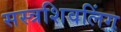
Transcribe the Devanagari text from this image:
सस्त्रशिवलिंग